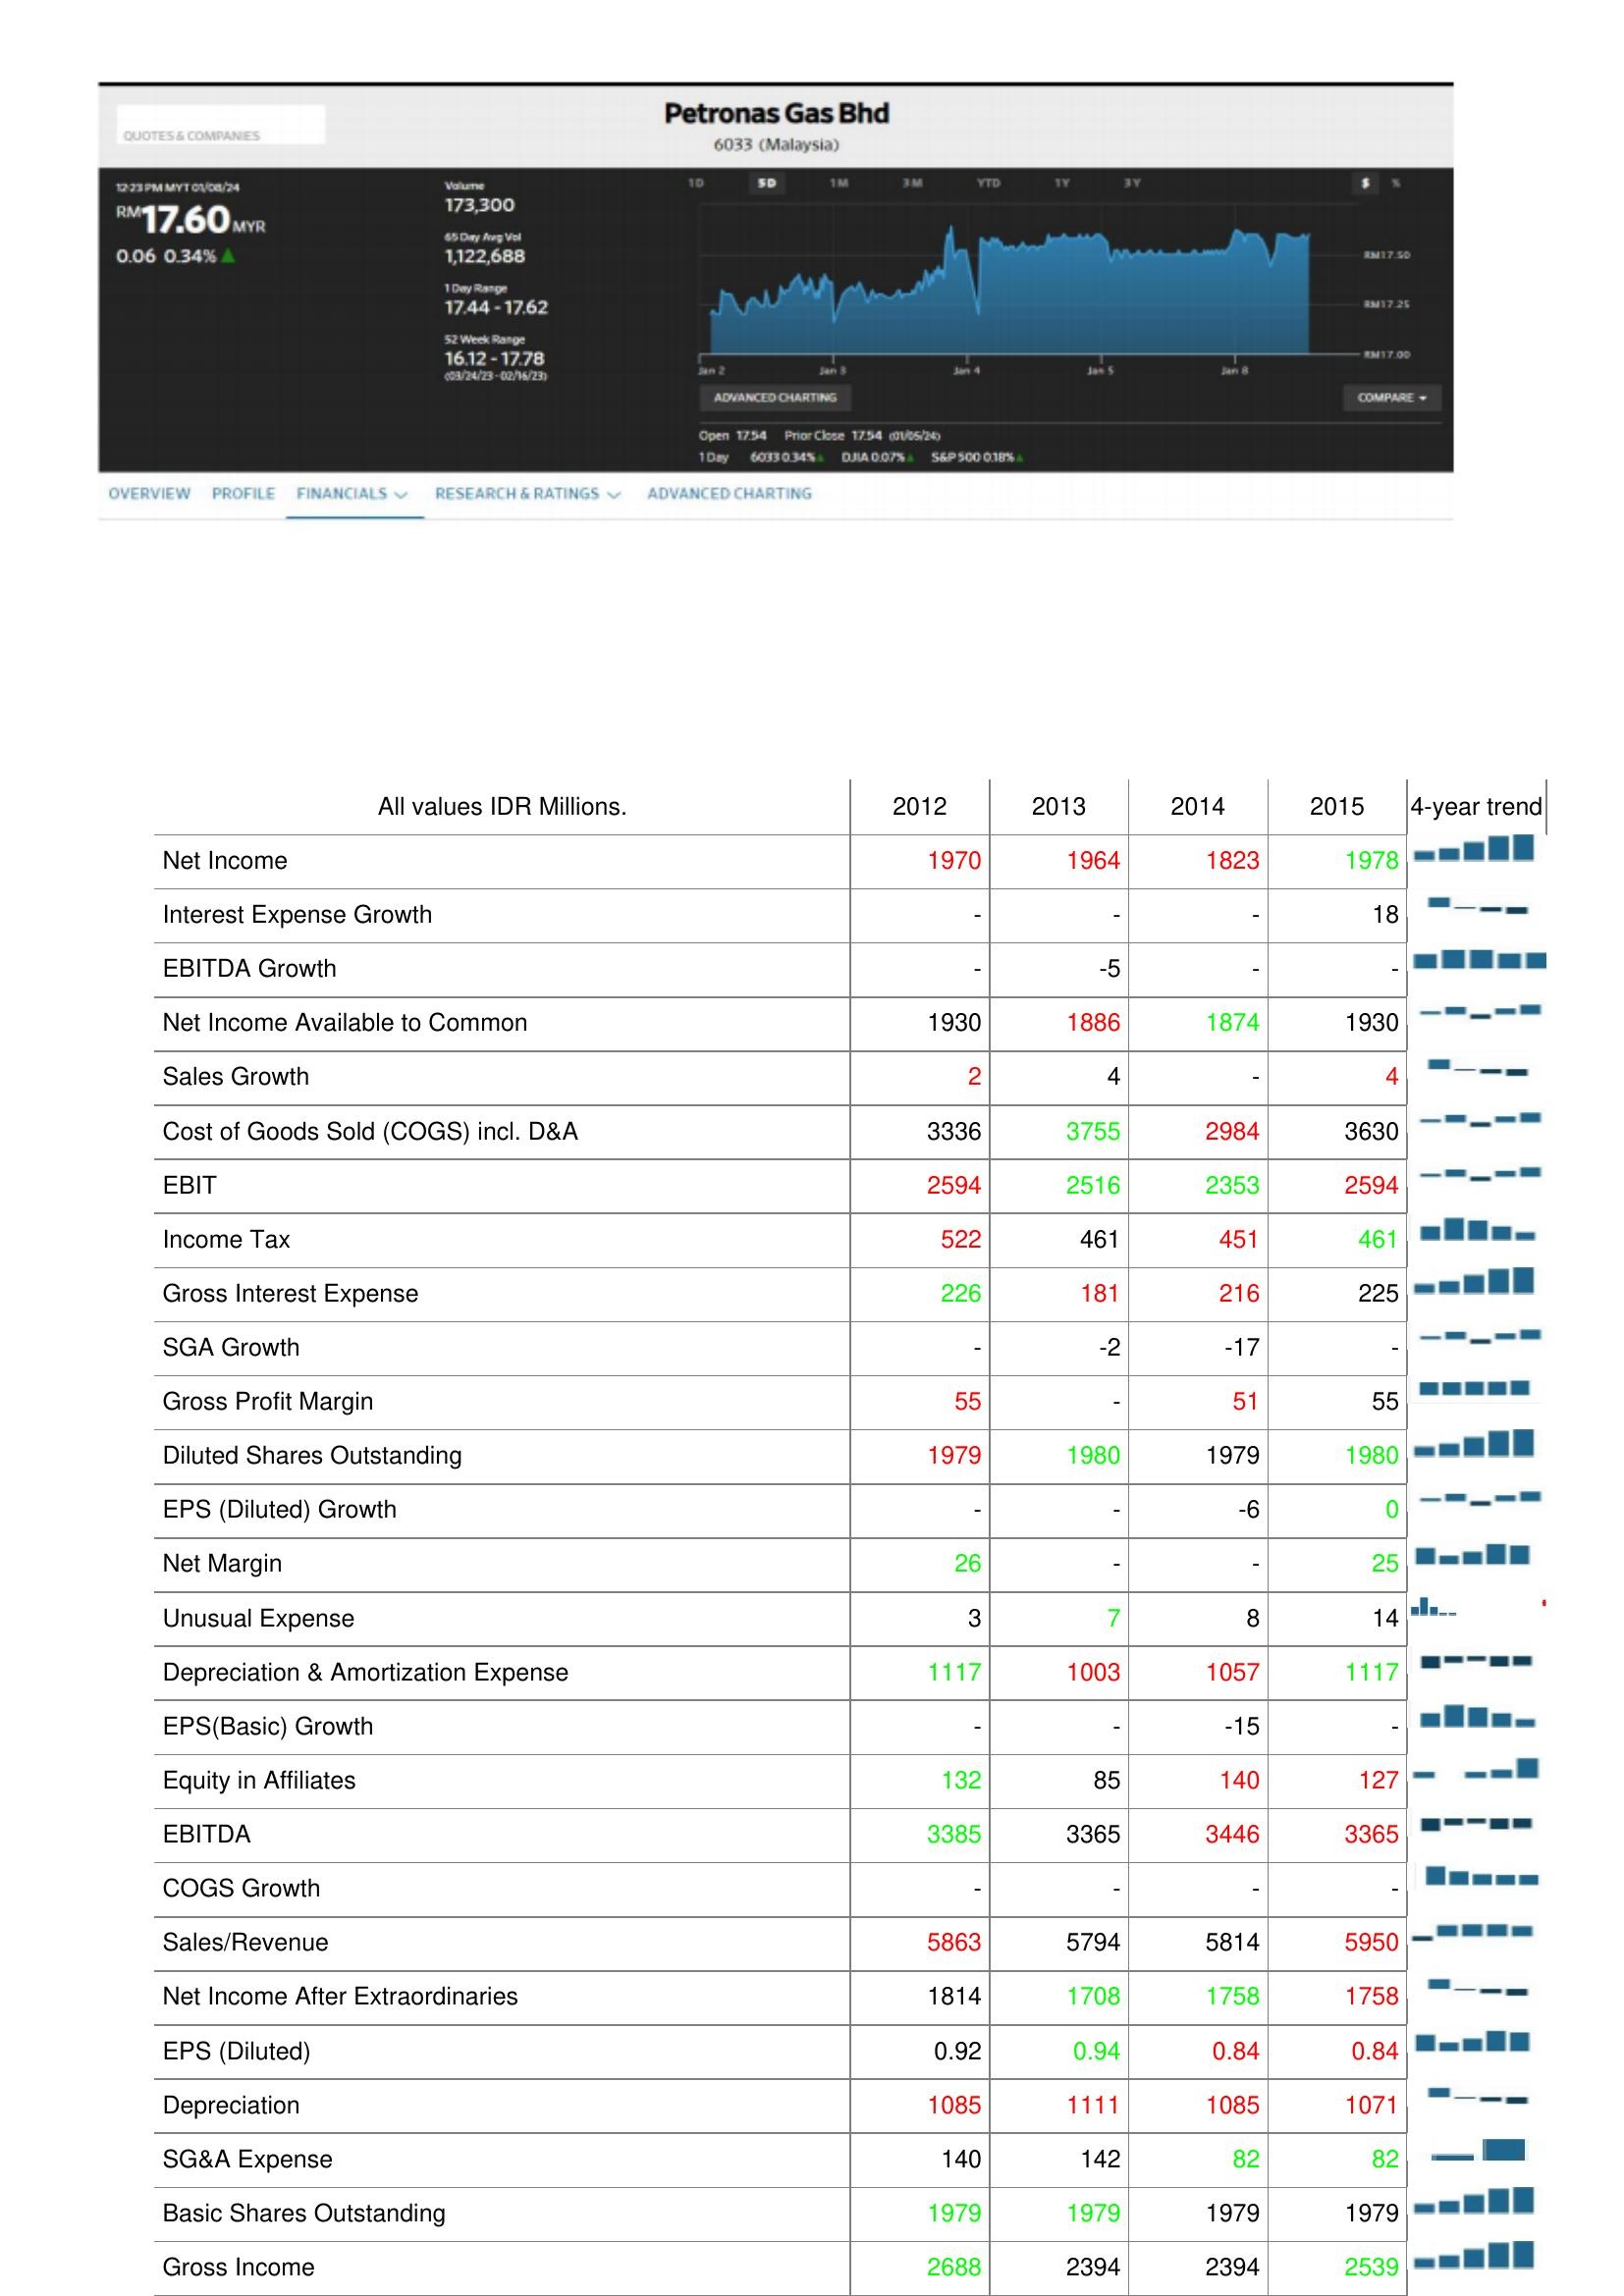
2012: : Net Income: 1970
Interest Expense Growth: -
EBITDA Growth: -
Net Income Available to Common: 1930
Sales Growth: 2
Cost of Goods Sold (COGS) incl. D&A: 3336
EBIT: 2594
Income Tax: 522
Gross Interest Expense: 226
SGA Growth: -
Gross Profit Margin: 55
Diluted Shares Outstanding: 1979
EPS (Diluted) Growth: -
Net Margin: 26
Unusual Expense: 3
Depreciation & Amortization Expense: 1117
EPS(Basic) Growth: -
Equity in Affiliates: 132
EBITDA: 3385
COGS Growth: -
Sales/Revenue: 5863
Net Income After Extraordinaries: 1814
EPS (Diluted): 0.92
Depreciation: 1085
SG&A Expense: 140
Basic Shares Outstanding: 1979
Gross Income: 2688
2013: : Net Income: 1964
Interest Expense Growth: -
EBITDA Growth: -5
Net Income Available to Common: 1886
Sales Growth: 4
Cost of Goods Sold (COGS) incl. D&A: 3755
EBIT: 2516
Income Tax: 461
Gross Interest Expense: 181
SGA Growth: -2
Gross Profit Margin: -
Diluted Shares Outstanding: 1980
EPS (Diluted) Growth: -
Net Margin: -
Unusual Expense: 7
Depreciation & Amortization Expense: 1003
EPS(Basic) Growth: -
Equity in Affiliates: 85
EBITDA: 3365
COGS Growth: -
Sales/Revenue: 5794
Net Income After Extraordinaries: 1708
EPS (Diluted): 0.94
Depreciation: 1111
SG&A Expense: 142
Basic Shares Outstanding: 1979
Gross Income: 2394
2014: : Net Income: 1823
Interest Expense Growth: -
EBITDA Growth: -
Net Income Available to Common: 1874
Sales Growth: -
Cost of Goods Sold (COGS) incl. D&A: 2984
EBIT: 2353
Income Tax: 451
Gross Interest Expense: 216
SGA Growth: -17
Gross Profit Margin: 51
Diluted Shares Outstanding: 1979
EPS (Diluted) Growth: -6
Net Margin: -
Unusual Expense: 8
Depreciation & Amortization Expense: 1057
EPS(Basic) Growth: -15
Equity in Affiliates: 140
EBITDA: 3446
COGS Growth: -
Sales/Revenue: 5814
Net Income After Extraordinaries: 1758
EPS (Diluted): 0.84
Depreciation: 1085
SG&A Expense: 82
Basic Shares Outstanding: 1979
Gross Income: 2394
2015: : Net Income: 1978
Interest Expense Growth: 18
EBITDA Growth: -
Net Income Available to Common: 1930
Sales Growth: 4
Cost of Goods Sold (COGS) incl. D&A: 3630
EBIT: 2594
Income Tax: 461
Gross Interest Expense: 225
SGA Growth: -
Gross Profit Margin: 55
Diluted Shares Outstanding: 1980
EPS (Diluted) Growth: 0
Net Margin: 25
Unusual Expense: 14
Depreciation & Amortization Expense: 1117
EPS(Basic) Growth: -
Equity in Affiliates: 127
EBITDA: 3365
COGS Growth: -
Sales/Revenue: 5950
Net Income After Extraordinaries: 1758
EPS (Diluted): 0.84
Depreciation: 1071
SG&A Expense: 82
Basic Shares Outstanding: 1979
Gross Income: 2539